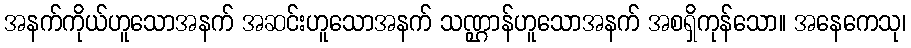
အနက်ကိုယ်ဟူသောအနက် အဆင်းဟူသောအနက် သဏ္ဌာန်ဟူသောအနက် အစရှိကုန်သော။ အနေကေသု၊